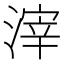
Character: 滓